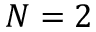
N = 2